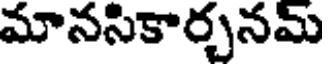
మానసికార్చనమ్